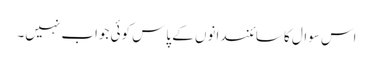
اس سوال کا سائنسدانوں کے پاس کوئی جواب نہیں۔